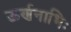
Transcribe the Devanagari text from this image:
ऊर्णनाभिः